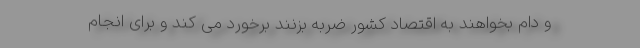
و دام بخواهند به اقتصاد کشور ضربه بزنند برخورد می کند و برای انجام